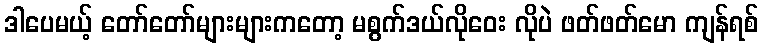
ဒါပေမယ့် တော်တော်များများကတော့ မစွက်ဒယ်လိုဝေး လိုပဲ ဖတ်ဖတ်မော ကျန်ရစ်